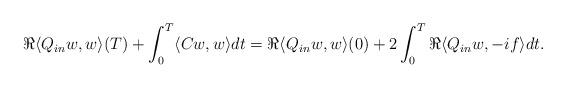
LaTeX: \begin{align*} \Re \langle Q_{in} w, w \rangle (T) + \int_0^T \langle C w, w \rangle dt = \Re \langle Q_{in} w, w \rangle (0) +2 \int_0^T \Re \langle Q_{in}w, -i f \rangle dt .\end{align*}